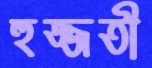
হুজ্জতী